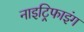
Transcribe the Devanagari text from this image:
नाइट्रिफाइंग